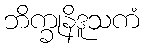
ဘိက္ခုနိဒူသကံ